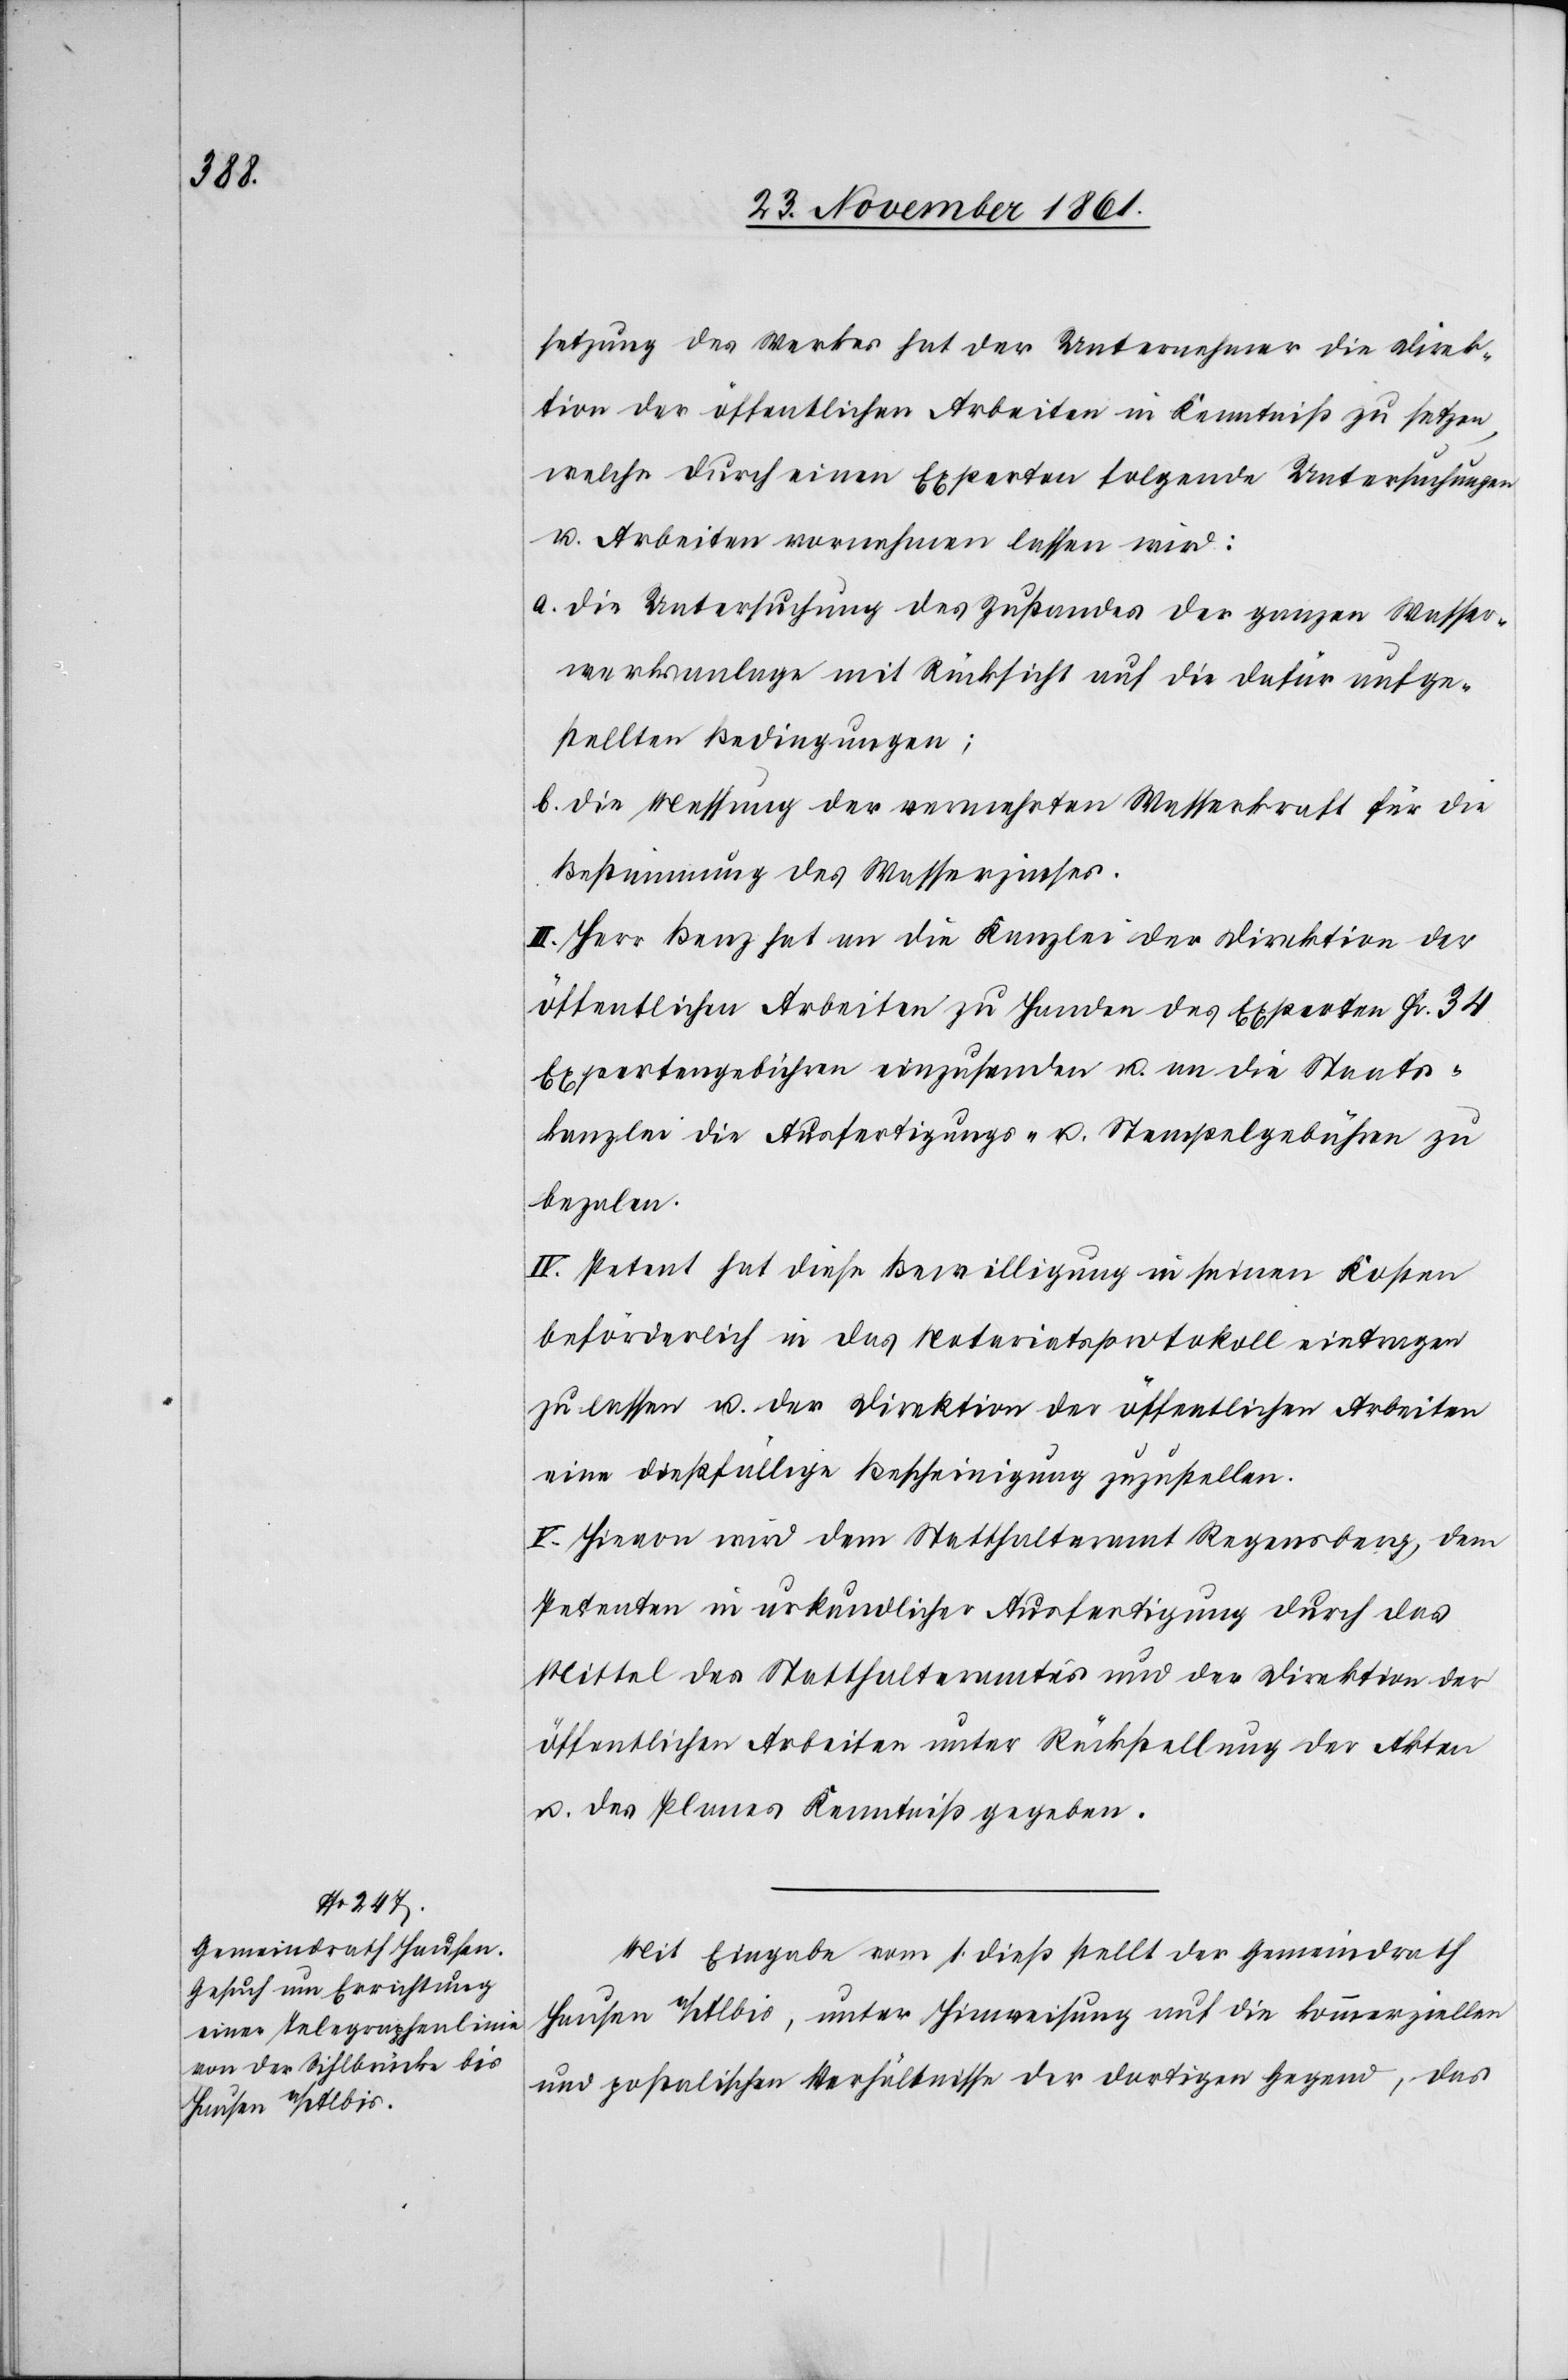
setzung des Werkes hat der Unternehmer die Direk¬
tion der öffentlichen Arbeiten in Kenntniß zu setzen,
welche durch einen Experten folgende Untersuchungen
u. Arbeiten vornehmen lassen wird:
a. die Untersuchung des Zustandes der ganzen Wasser¬
werkanlage mit Rücksicht auf die dafür aufge¬
stellten Bedingungen;
b. die Messung der vermehrten Wasserkraft für die
Bestimmung des Wasserzinses.
III. Herr Benz hat an die Kanzlei der Direktion der
öffentlichen Arbeiten zu Handen des Experten Fr. 34
Expertengebühren einzusenden u. an die Staats¬
kanzlei die Ausfertigungs- u. Stempelgebühren zu
bezalen.
IV. Petent hat diese Bewilligung in seinen Kosten
beförderlich in das Notariatsprotokoll eintragen
zu lassen u. der Direktion der öffentlichen Arbeiten
eine dießfällige Bescheinigung zuzustellen.
V. Hievon wird dem Statthalteramte Regensberg, dem
Petenten in urkundlicher Ausfertigung durch das
Mittel des Statthalteramtes und der Direktion der
öffentlichen Arbeiten unter Rückstellung der Akten
u. des Planes Kenntniß gegeben.
Mit Eingabe vom 1 dieß stellt der Gemeindrath
Hausen a/Albis, unter Hinweisung auf die kommerziellen
und postalischen Verhältnisse der dortigen Gegend, das